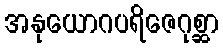
အနုယောဂပရိဇေဂုစ္ဆာ